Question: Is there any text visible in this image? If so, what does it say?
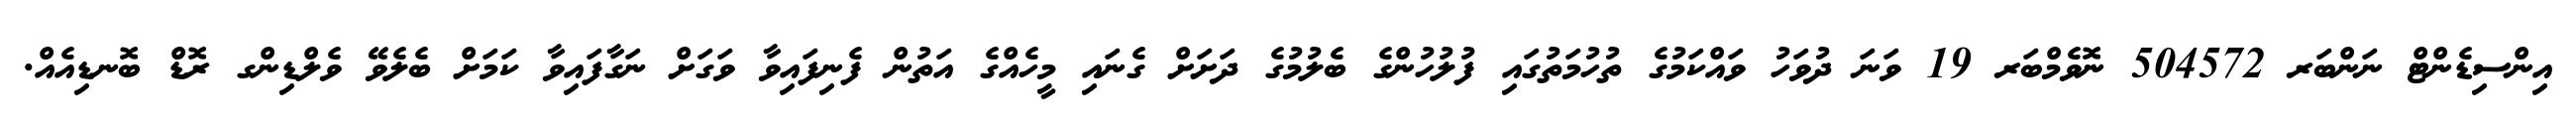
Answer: އިންސިޑެންޓް ނަންބަރ 504572 ނޮވެމްބަރ 19 ވަނަ ދުވަހު ވައްކަމުގެ ތުހުމަތުގައި ފުލުހުންގެ ބެލުމުގެ ދަށަށް ގެނައި މީހެއްގެ އަތުން ފެނިފައިވާ ވަގަށް ނަގާފައިވާ ކަމަށް ބެލެވޭ ވެލްޑިންގ ރޮޑް ބޮނޑިއެއް.